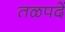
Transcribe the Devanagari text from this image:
तळपदें